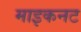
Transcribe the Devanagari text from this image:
माइकनट